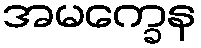
အမက္ခေန